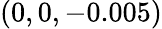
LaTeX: (0,0,-0.005)